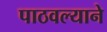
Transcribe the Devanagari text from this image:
पाठवल्याने